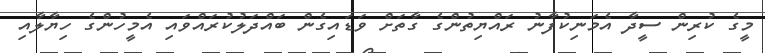
މީގެ ކުރިން ސީދާ އެމަނިކުފާނު ރައްޔިތުންގެ ގާތަށް ވަޑައިގެން ބައްދަލުކުރައްވައި އެމީހުންގެ ހިޔާލާއި